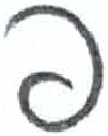
אות: פ